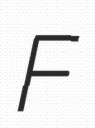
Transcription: F